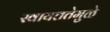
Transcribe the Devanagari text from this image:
स्वायत्ततेमुळे